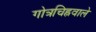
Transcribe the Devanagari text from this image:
गोत्रचिह्नवाले